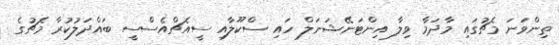
ތިންވަނަ މެޗުގައި މާދަމާ ވިލާ އިންޓަނޭޝަނަލް ހައި ސްކޫލާއި ސީއެޗްއެސްސީ ބައްދަލުކުރާ މެޗުގެ